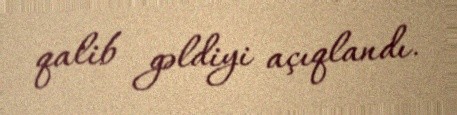
qalib gəldiyi açıqlandı.